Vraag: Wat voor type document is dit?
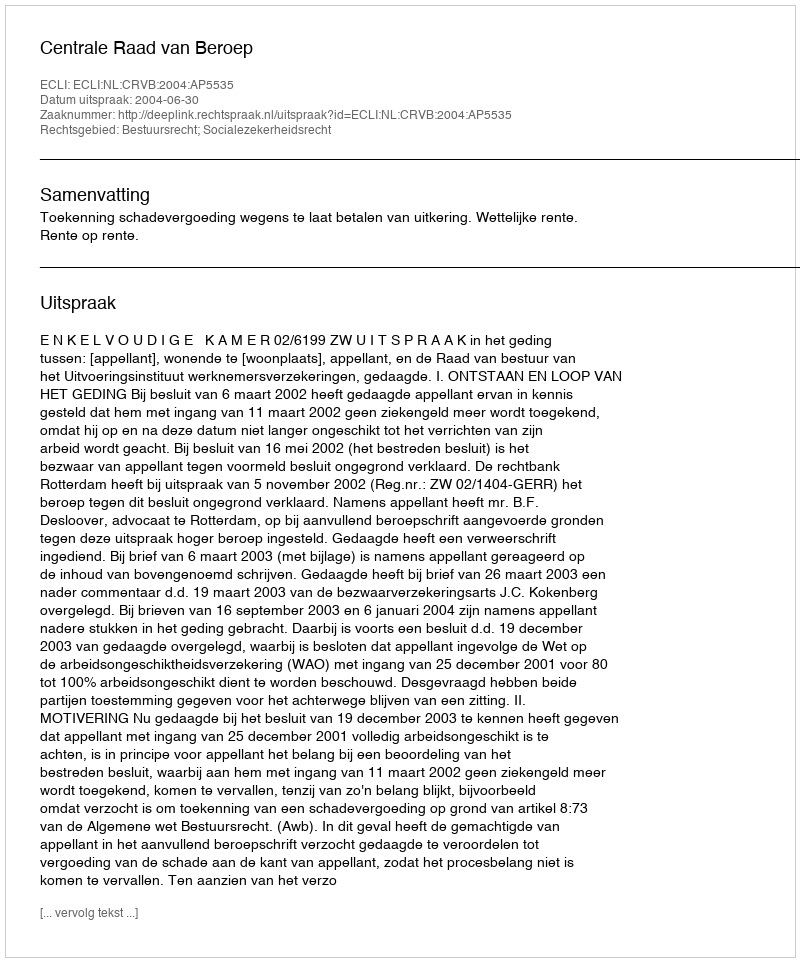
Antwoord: Uitspraak